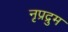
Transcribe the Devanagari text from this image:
नृप्रद्रुम